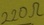
Text: 220Ω